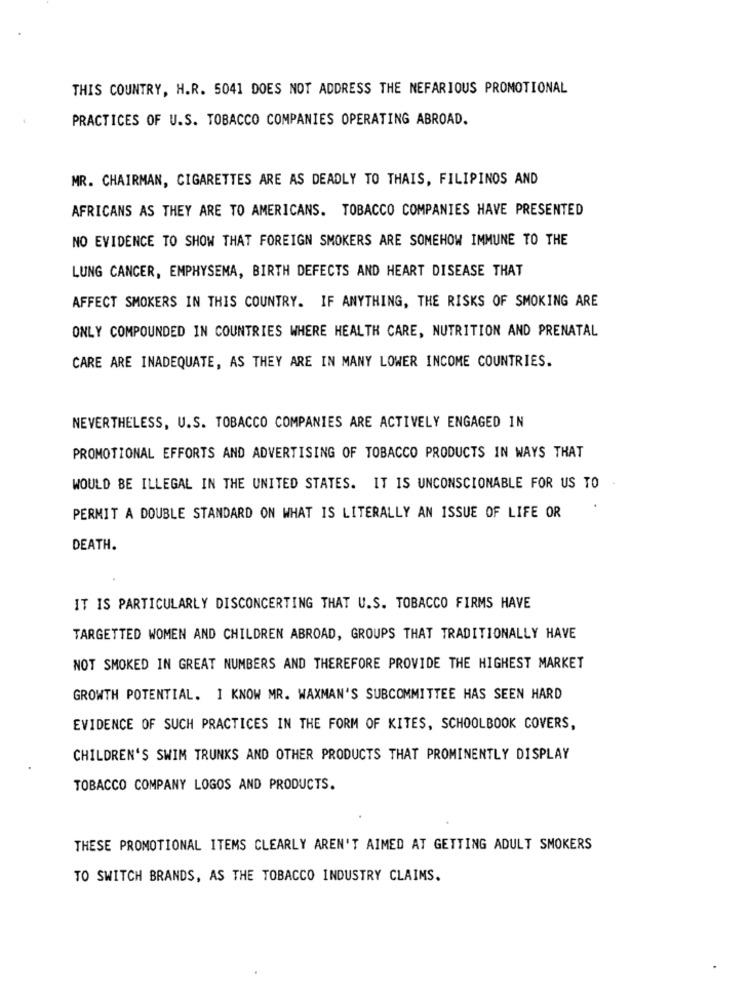
THIS COUNTRY, H.R. 5041 DOES NOT ADDRESS THE NEFARIOUS PROMOTIONAL
PRACTICES OF U.S. TOBACCO COMPANIES OPERATING ABROAD.
MR. CHAIRMAN, CIGARETTES ARE AS DEADLY TO THAIS, FILIPINOS AND
AFRICANS AS THEY ARE TO AMERICANS. TOBACCO COMPANIES HAVE PRESENTED
NO EVIDENCE TO SHOW THAT FOREIGN SMOKERS ARE SOMEHOW IMMUNE TO THE
LUNG CANCER, EMPHYSEMA, BIRTH DEFECTS AND HEART DISEASE THAT
AFFECT SMOKERS IN THIS COUNTRY. IF ANYTHING, THE RISKS OF SMOKING ARE
ONLY COMPOUNDED IN COUNTRIES WHERE HEALTH CARE, NUTRITION AND PRENATAL
CARE ARE INADEQUATE, AS THEY ARE IN MANY LOWER INCOME COUNTRIES.
NEVERTHELESS, U.S. TOBACCO COMPANIES ARE ACTIVELY ENGAGED IN
PROMOTIONAL EFFORTS AND ADVERTISING OF TOBACCO PRODUCTS IN WAYS THAT
WOULD BE ILLEGAL IN THE UNITED STATES. IT IS UNCONSCIONABLE FOR US TO
PERMIT A DOUBLE STANDARD ON WHAT IS LITERALLY AN ISSUE OF LIFE OR
DEATH.
IT IS PARTICULARLY DISCONCERTING THAT U.S. TOBACCO FIRMS HAVE
TARGETTED WOMEN AND CHILDREN ABROAD, GROUPS THAT TRADITIONALLY HAVE
NOT SMOKED IN GREAT NUMBERS AND THEREFORE PROVIDE THE HIGHEST MARKET
GROWTH POTENTIAL. I KNOW MR. WAXMAN'S SUBCOMMITTEE HAS SEEN HARD
EVIDENCE OF SUCH PRACTICES IN THE FORM OF KITES, SCHOOLBOOK COVERS,
CHILDREN'S SWIM TRUNKS AND OTHER PRODUCTS THAT PROMINENTLY DISPLAY
TOBACCO COMPANY LOGOS AND PRODUCTS.
THESE PROMOTIONAL ITEMS CLEARLY AREN'T AIMED AT GETTING ADULT SMOKERS
TO SWITCH BRANDS, AS THE TOBACCO INDUSTRY CLAIMS.